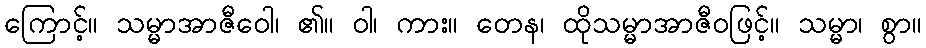
ကြောင့်။ သမ္မာအာဇီဝေါ၊ ၏။ ဝါ၊ ကား။ တေန၊ ထိုသမ္မာအာဇီဝဖြင့်။ သမ္မာ၊ စွာ။